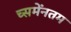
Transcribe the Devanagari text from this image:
च्समेंनतम